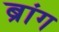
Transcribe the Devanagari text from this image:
ब्रांग